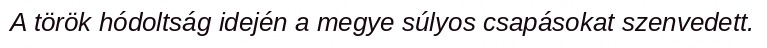
A török hódoltság idején a megye súlyos csapásokat szenvedett.